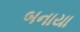
બનાયા